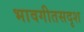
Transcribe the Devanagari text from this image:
भावगीतसदृश